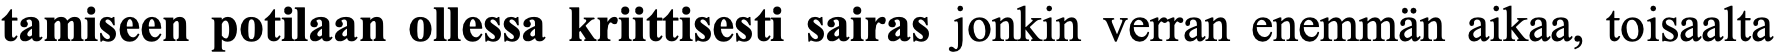
tamiseen potilaan ollessa kriittisesti sairas jonkin verran enemmän aikaa, toisaalta